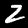
Label: 2